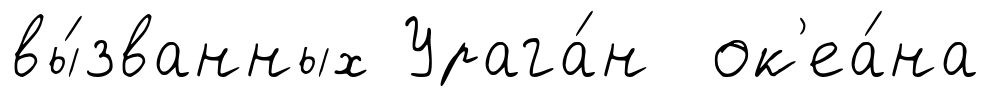
вы́званных Урага́н ок'еа́на